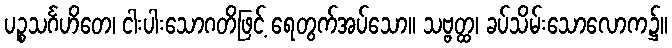
ပဉ္စသင်္ဂဟိတေ၊ ငါးပါးသောဂတိဖြင့် ရေတွက်အပ်သော။ သဗ္ဗတ္ထ၊ ခပ်သိမ်းသောလောက၌။